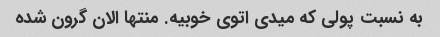
به نسبت پولی که میدی اتوی خوبیه. منتها الان گرون شده